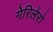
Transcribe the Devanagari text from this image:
गेरिलेरो